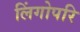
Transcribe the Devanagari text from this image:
लिंगोपरि